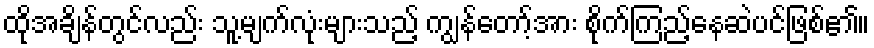
ထိုအချိန်တွင်လည်း သူ့မျက်လုံးများသည့် ကျွန်တော့်အား စိုက်ကြည့်နေဆဲပင်ဖြစ်၏။